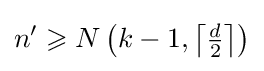
n'\geqslant N\left(k-1,\left\lceil {\tfrac {d}{2}}\right\rceil \right)